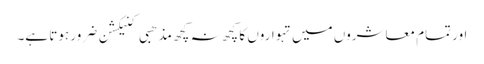
اور تمام معاشروں میں تہواروں کا کچھ نہ کچھ مذھبی کنیکشن ضرور ہوتا ہے۔